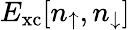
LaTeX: E_{\mathrm{xc}}[n_{\uparrow},n_{\downarrow}]